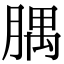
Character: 腢